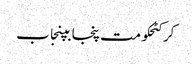
کرکٹحکومت پنجابپنجاب